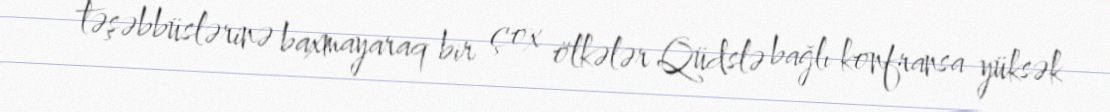
təşəbbüslərinə baxmayaraq bir çox ölkələr Qüdslə bağlı konfransa yüksək